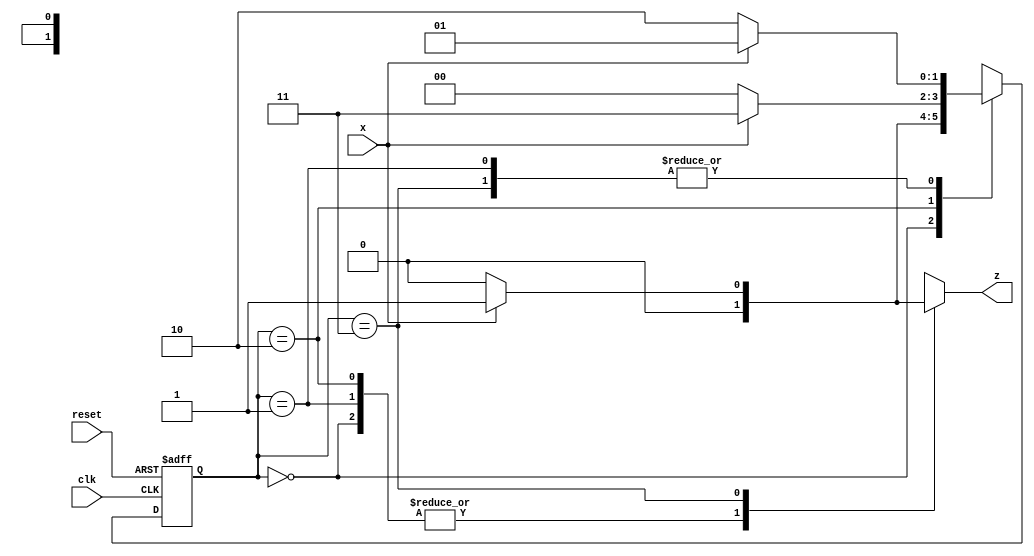
module seq_detector(
input x,clk,reset,
output reg z
);

parameter S0 = 0 , S1 = 1 , S2 = 2 , S3 = 3 ;
reg [1:0] PS,NS ;

    always@(posedge clk or posedge reset)
        begin
            if(reset)
                PS <= S0;   
            else    
                PS <= NS ;
        end             

    always@(PS or x)
        begin 
            
            case(PS)
                S0 : begin 
                            z = 0 ;
                            NS = x ? S1 : S0 ;
                            $display(PS);
                        end
                S1 : begin 
                            z = 0 ;
                            NS = x ? S1 : S2 ;
                            $display(PS);
                        end
                S2 : begin 
                            z = 0 ;
                            NS = x ? S3 : S0 ;
                            $display(PS);
                        end 
                S3 : begin 
                            z = x ? 1 : 0 ; 
                            NS = x ? S1 : S2 ;
                            $display(PS);
                        end

            endcase
        end
endmodule